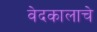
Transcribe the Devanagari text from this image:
वेदकालाचे